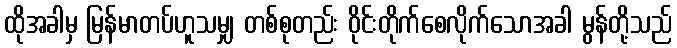
ထိုအခါမှ မြန်မာတပ်ဟူသမျှ တစ်စုတည်း ဝိုင်းတိုက်စေလိုက်သောအခါ မွန်တို့သည်